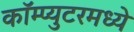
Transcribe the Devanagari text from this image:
कॉम्प्युटरमध्ये